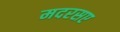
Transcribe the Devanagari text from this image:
मदरसए